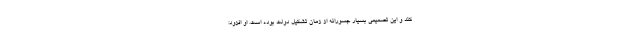
کند و این تصمیمی بسیار جسورانه از زمان تشکیل دولت بوده است. او افزود: